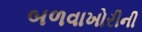
બળવાખોરીની